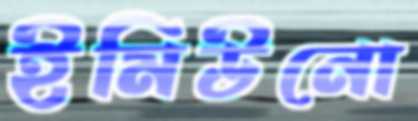
ইমিউনো